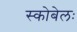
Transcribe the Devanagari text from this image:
स्कोबेलः